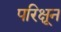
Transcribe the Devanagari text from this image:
परिक्षून